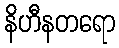
နိဟီနတရော